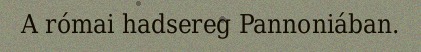
A római hadsereg Pannoniában.